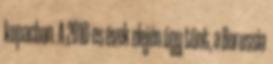
kupacban. A 2010-es évek elején úgy tűnt, a Borussia